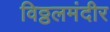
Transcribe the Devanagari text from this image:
विठ्ठलमंदीर